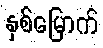
နှစ်မြောက်